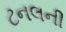
ટનલની